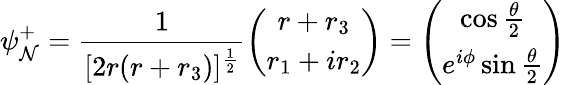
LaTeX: \psi_{\mathcal{N}}^{+}=\frac{{1}}{{[2r(r+r_{3})]^{\frac{{1}}{{2}}}}}\left(\begin{array}{c}{{r+r_{3}}}\\ {{r_{1}+ir_{2}}}\end{array}\right)=\left(\begin{array}{c}{{\cos\frac{\theta}{2}}}\\ {{e^{i\phi}\sin\frac{\theta}{2}}}\end{array}\right)